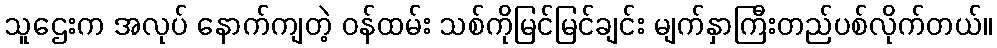
သူဌေးက အလုပ် နောက်ကျတဲ့ ဝန်ထမ်း သစ်ကိုမြင်မြင်ချင်း မျက်နှာကြီးတည်ပစ်လိုက်တယ်။